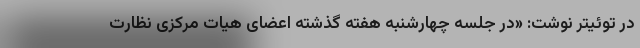
در توئیتر نوشت: «در جلسه چهارشنبه هفته گذشته اعضای هیات مرکزی نظارت